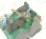
মি